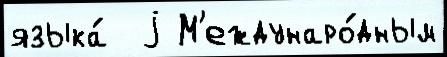
языка́  j М'еждунаро́дным